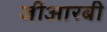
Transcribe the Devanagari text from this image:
जीआरबी